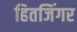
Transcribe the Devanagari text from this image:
हितजिंगर